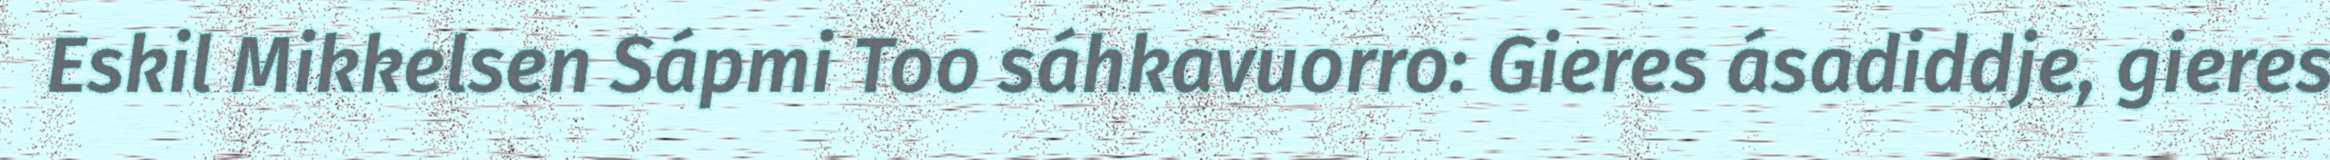
Eskil Mikkelsen Sápmi Too sáhkavuorro: Gieres ásadiddje, gieres